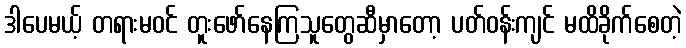
ဒါပေမယ့် တရားမဝင် တူးဖော်နေကြသူတွေဆီမှာတော့ ပတ်ဝန်းကျင် မထိခိုက်စေတဲ့